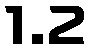
1.2